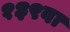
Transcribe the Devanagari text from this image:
१३९वा